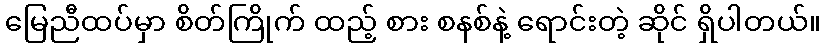
မြေညီထပ်မှာ စိတ်ကြိုက် ထည့် စား စနစ်နဲ့ ရောင်းတဲ့ ဆိုင် ရှိပါတယ်။